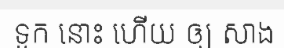
ទូក នោះ ហើយ ឲ្យ សាង